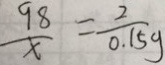
\frac { 9 8 } { x } = \frac { 2 } { 0 . 1 5 g }